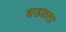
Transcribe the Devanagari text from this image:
धडकता